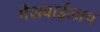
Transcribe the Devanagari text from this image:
पेशवाईलाच